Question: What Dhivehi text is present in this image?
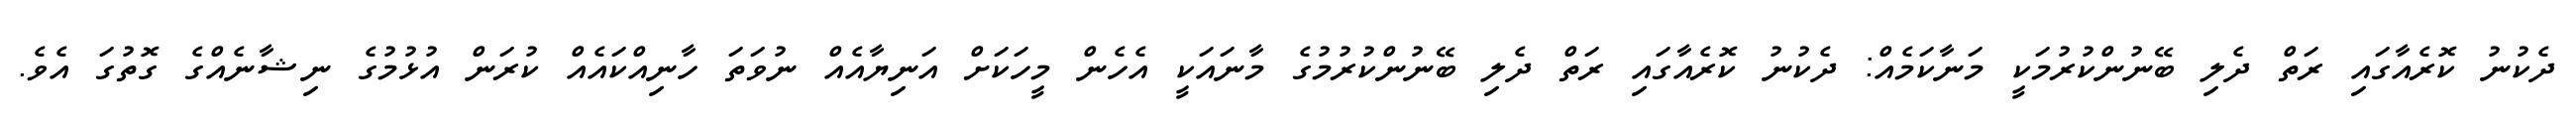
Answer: ދެކުނު ކޮރެއާގައި ރަތް ދެލި ބޭނުންކުރުމަކީ މަނާކަމެއް: ދެކުނު ކޮރެއާގައި ރަތް ދެލި ބޭނުންކުރުމުގެ މާނައަކީ އެހެން މީހަކަށް އަނިޔާއެއް ނުވަތަ ހާނިއްކައެއް ކުރަން އުޅުމުގެ ނިޝާނެއްގެ ގޮތުގަ އެވެ.